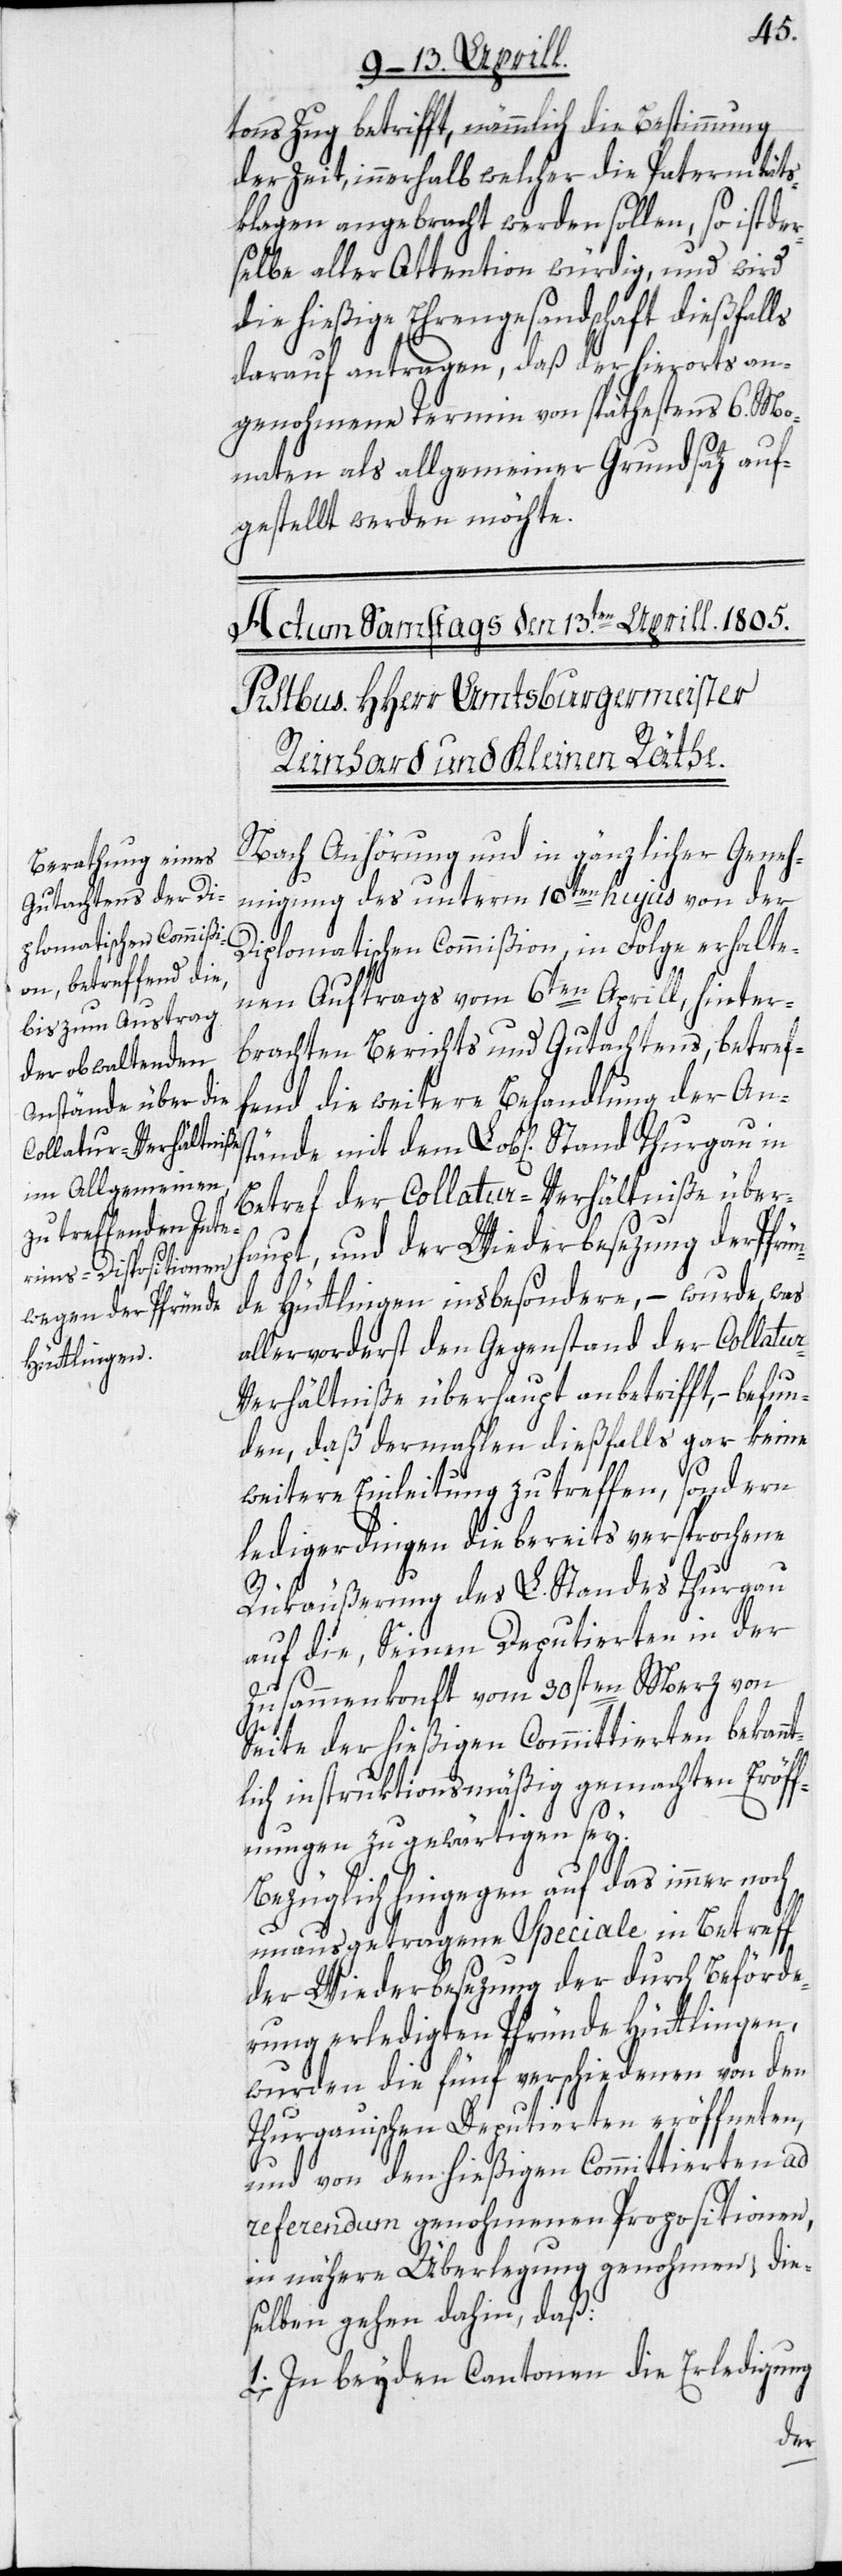
tons Zug betrifft, nämmlich die Bestimmung
der Zeit, innerhalb welcher die Paternitäts¬
klagen angebracht werden sollen, so ist der¬
selbe aller Attention würdig, und wird
die hießige Ehrengesandschaft dießfalls
darauf antragen, daß der hierorts an¬
genohmene Termin von späthestens 6. Mo¬
naten als allgemeiner Grundsaz auf¬
gestellt werden möchte.
Nach Anhörung und in gänzlicher Geneh¬
migung des unterm 10ten hujus von der
Diplomatischen Commißion, in Folge erhalte¬
nen Auftrags vom 6ten Aprill, hinter¬
brachten Berichts und Gutachtens, betref¬
fend die weitere Behandlung der Ans¬
tände
Betref der Collatur-Verhältniße über¬
haupt, und der Wiederbesezung der Pfrün¬
de Hüttlingen insbesondere, – wurde, was
allervorderst den Gegenstand der Collatu¬
r-Verhältniße überhaupt anbetrifft, – befun¬
den, daß dermahlen dießfalls gar keine
weitere Einleitung zu treffen, sondern
ledigerdingen die bereits versprochene
Rükäußerung des L. Standes Thurgau
auf die, Seinen Deputierten in der
Zusammenkonft vom 30sten Merz von
Seite der hießigen Committierten bekann¬
tlich instruktionsmäßig gemachten Eröff¬
nungen zu gewärtigen sey.
Bezüglich hingegen auf das immer noch
unausgetragene Speciale in Betreff
der Wiederbesezung der durch Beförde¬
rung erledigten Pfründe Hüttlingen,
wurden die fünf verschiedenen von den
Thurgauischen Deputierten eröffneten,
und von den hießigen Committierten ad
referendum genohmenen Propositionen,
in nähere Überlegung genohmen; die¬
selben gehen dahin, daß:
1. In beyden Cantonen die Erledigung